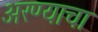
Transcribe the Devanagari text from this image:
अरण्याचा